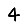
Digit: 4